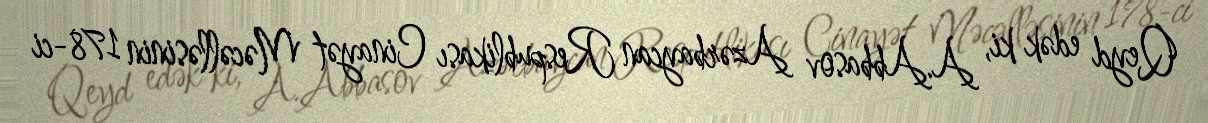
Qeyd edək ki, A.Abbasov Azərbaycan Respublikası Cinayət Məcəlləsinin 178-ci